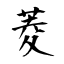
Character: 菱